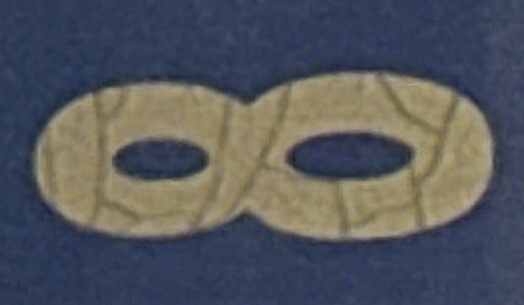
8